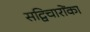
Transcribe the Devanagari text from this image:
सद्विचारोंका